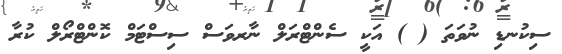
ސިކުނޑި ނުވަތަ ( ) އަކީ ސެންޓްރަލް ނާރވަސް ސިސްޓަމް ކޮންޓްރޯލް ކުރާ